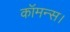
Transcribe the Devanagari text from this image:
कॉमन्स।